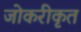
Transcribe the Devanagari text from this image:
जोकरीकृत